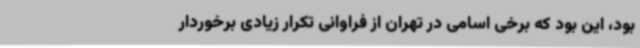
بود، این بود که برخی اسامی در تهران از فراوانی تکرار زیادی برخوردار